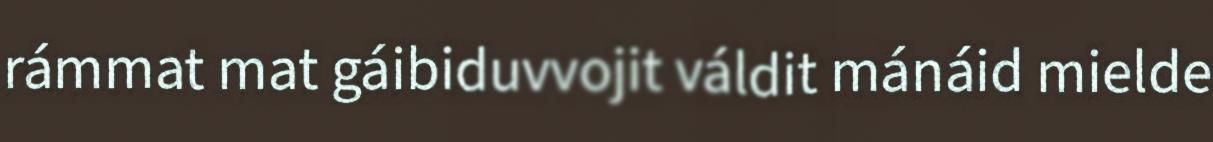
rámmat mat gáibiduvvojit váldit mánáid mielde